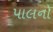
પાલનો